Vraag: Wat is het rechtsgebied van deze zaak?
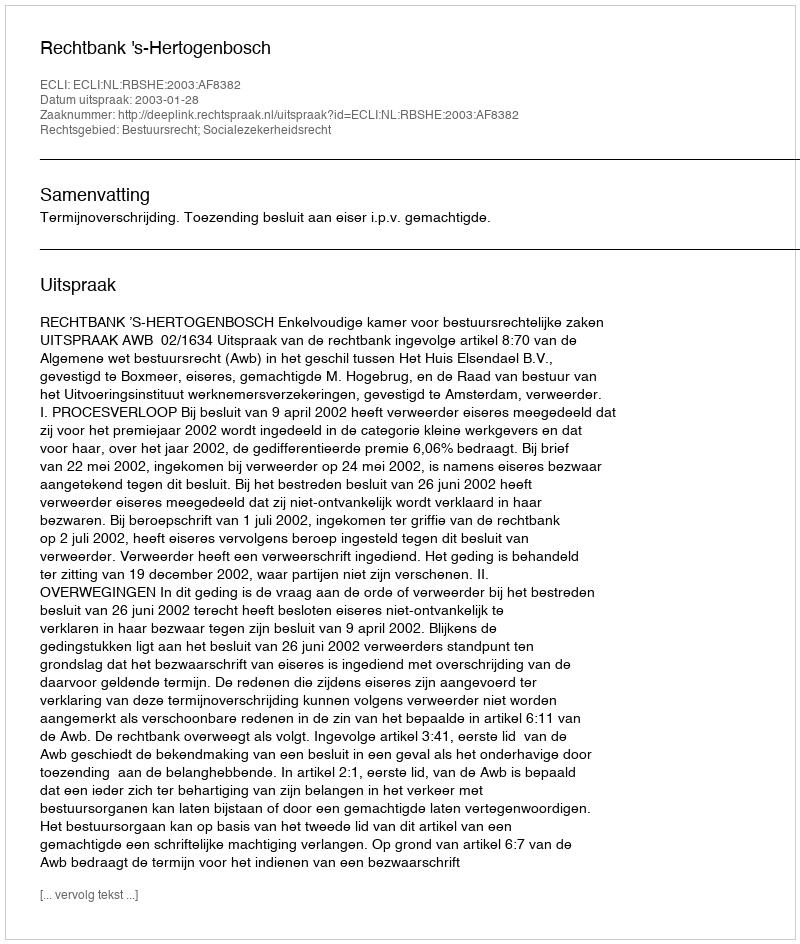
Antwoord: Bestuursrecht; Socialezekerheidsrecht